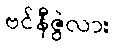
ဗင်နီဇွဲလား